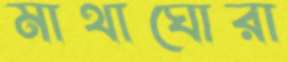
মাথাঘোরা